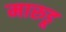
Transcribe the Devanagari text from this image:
मारुडू